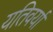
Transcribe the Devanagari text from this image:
यतिवर्या